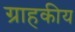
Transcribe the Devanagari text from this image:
ग्राहकीय